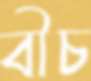
বীচ